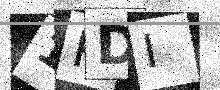
Text: 1PDI